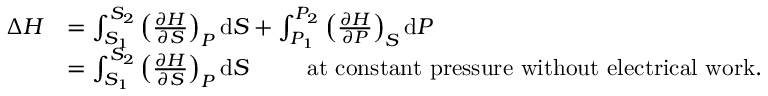
{ \begin{array} { r l } { \Delta H } & { = \int _ { S _ { 1 } } ^ { S _ { 2 } } \left( { \frac { \partial H } { \partial S } } \right) _ { P } \mathrm { d } S + \int _ { P _ { 1 } } ^ { P _ { 2 } } \left( { \frac { \partial H } { \partial P } } \right) _ { S } \mathrm { d } P } \\ & { = \int _ { S _ { 1 } } ^ { S _ { 2 } } \left( { \frac { \partial H } { \partial S } } \right) _ { P } \mathrm { d } S \, \, \, \, \, \, \, \, \, \, \, \, \, \, \, { \mathrm { a t ~ c o n s t a n t ~ p r e s s u r e ~ w i t h o u t ~ e l e c t r i c a l ~ w o r k . } } } \end{array} }